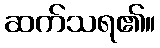
ဆက်သရ၏။